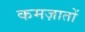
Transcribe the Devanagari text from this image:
कमज़ातों